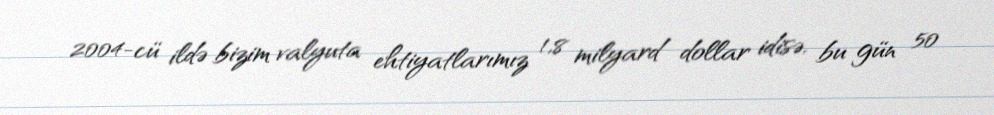
2004-cü ildə bizim valyuta ehtiyatlarımız 1,8 milyard dollar idisə, bu gün 50